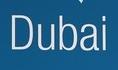
dubai